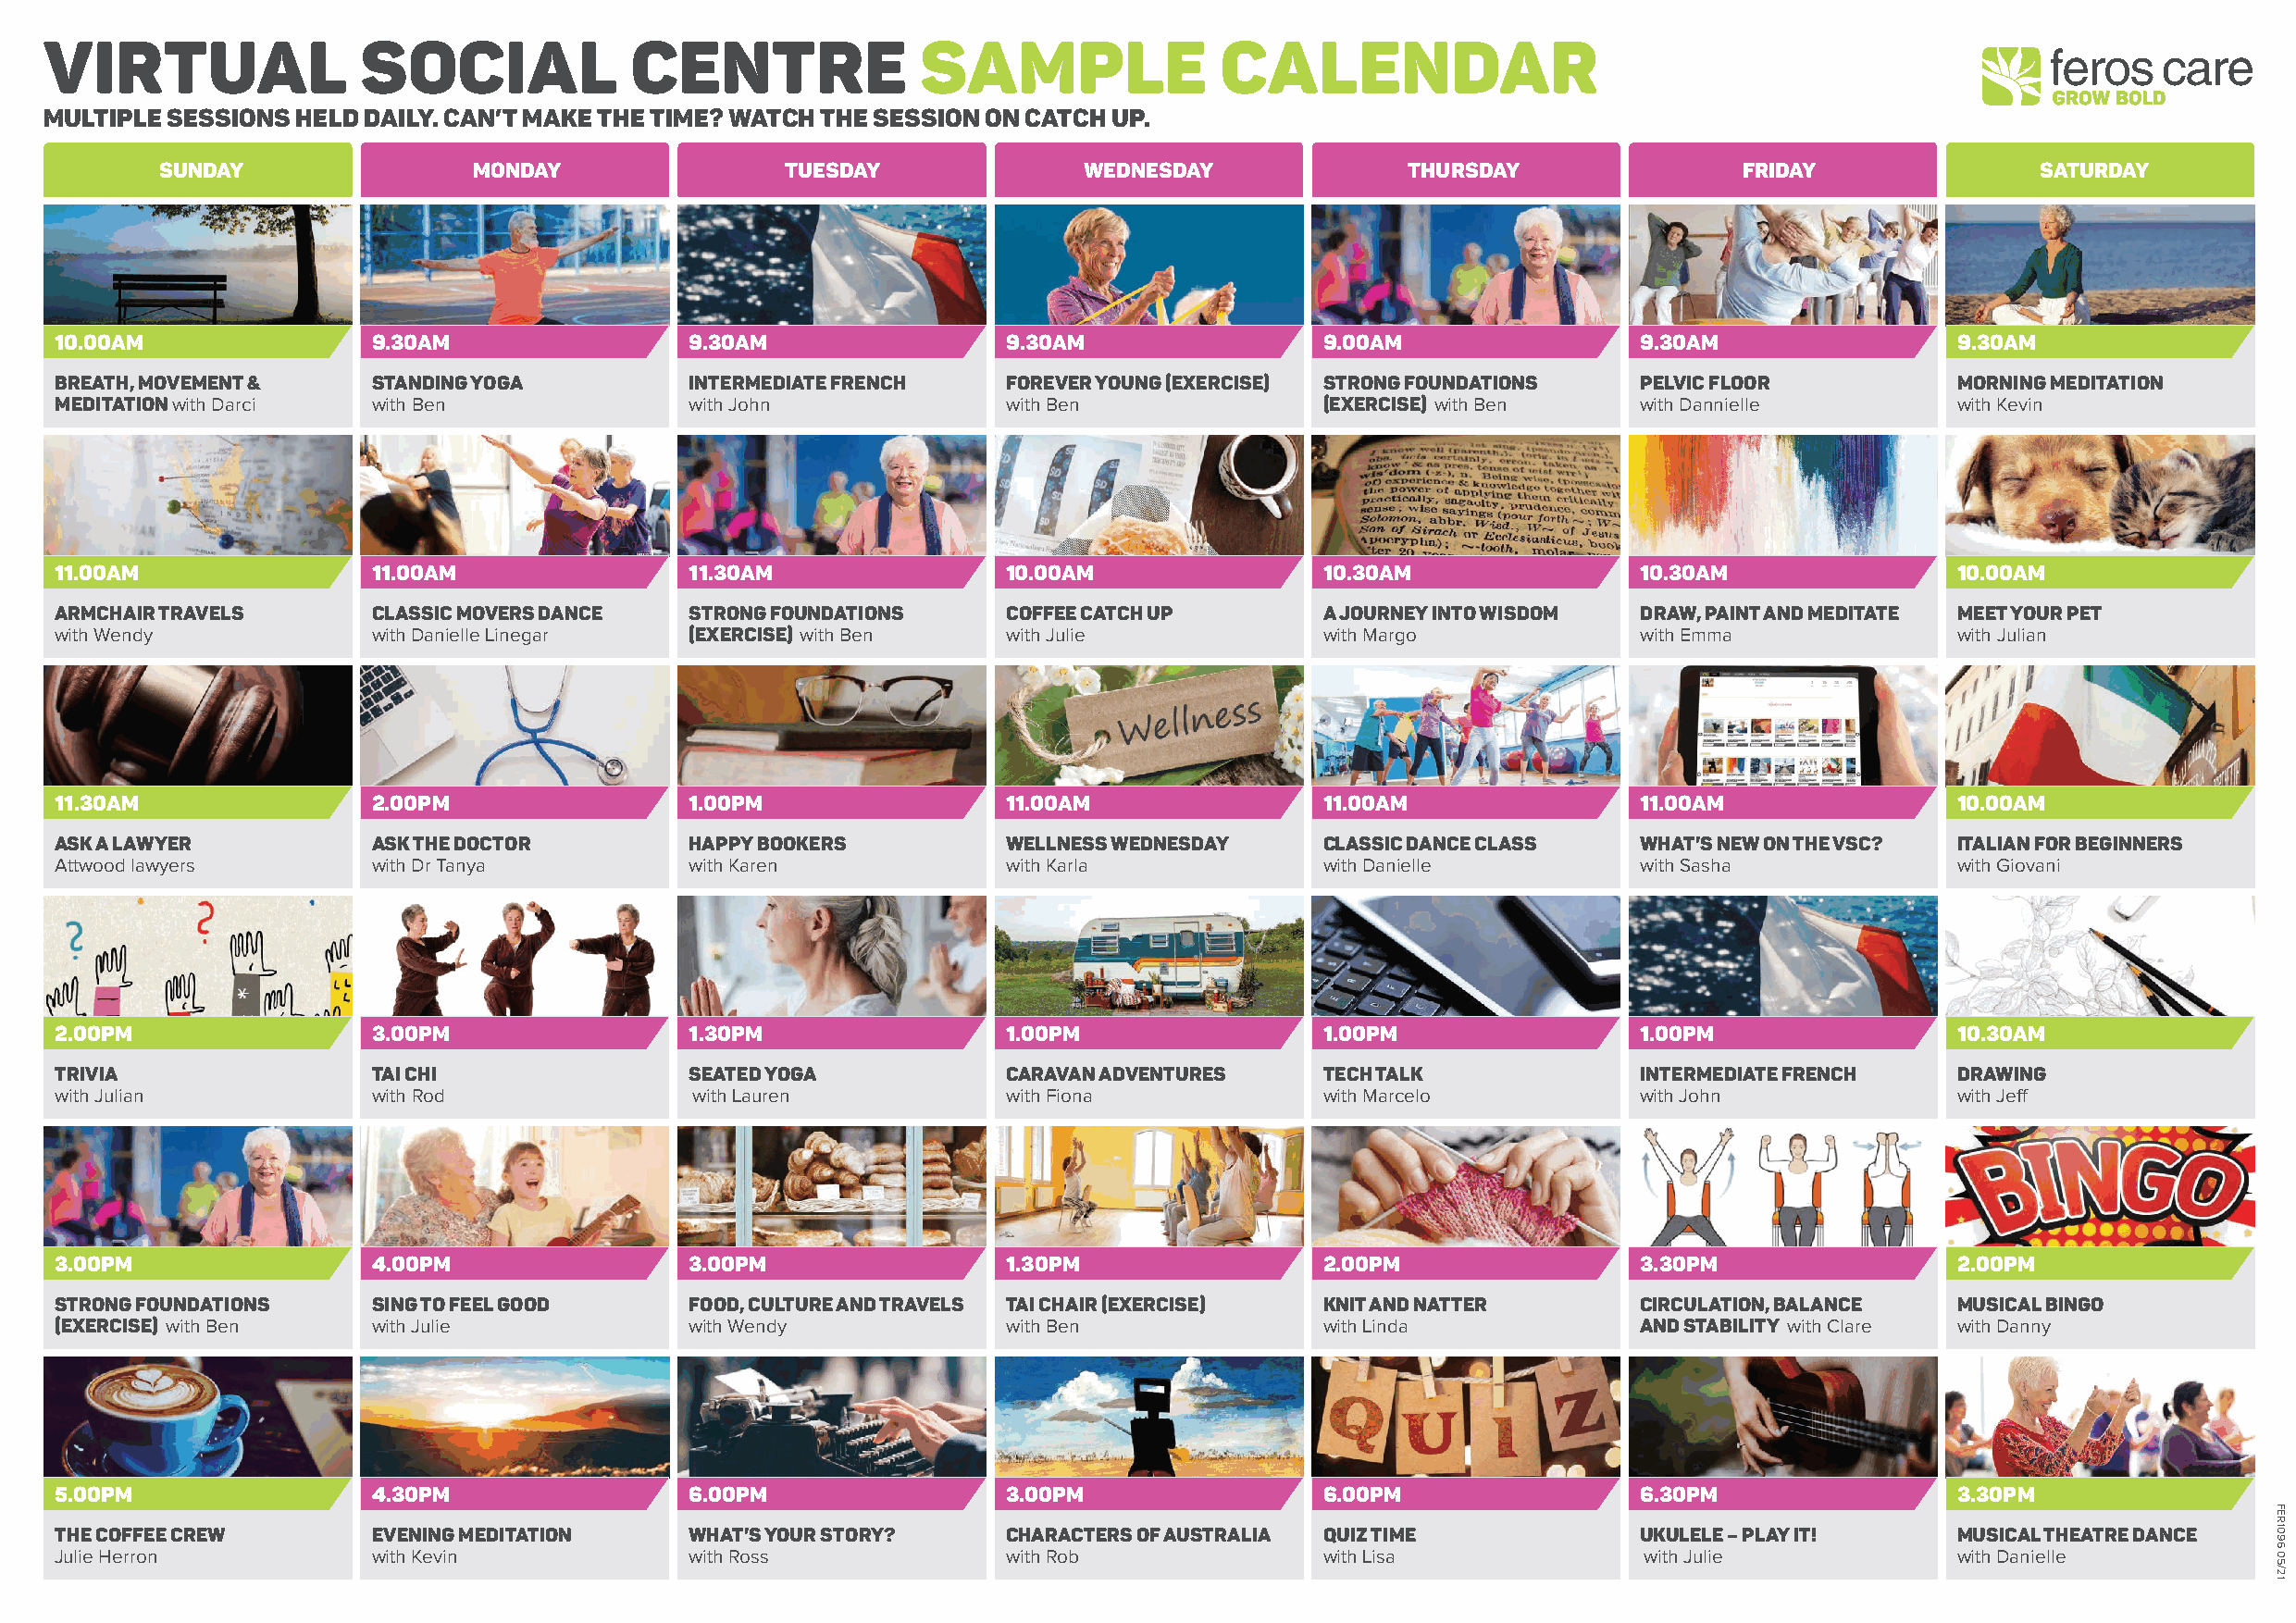
VIRTUAL                SOCIAL             CENTRE               SAMPLE               CALENDAR
 MULTIPLE SESSIONS HELD DAILY. CAN’T MAKE THE TIME? WATCH THE SESSION ON CATCH UP.
 SUNDAY                 MONDAY                TUESDAY              WEDNESDAY               THURSDAY                FRIDAY               SATURDAY
 10.00AM                9.30AM                9.30AM                 9.30AM                 9.00AM                9.30AM                 9.30AM
 BREATH, MOVEMENT &     STANDING YOGA         INTERMEDIATE FRENCH    FOREVER YOUNG (EXERCISE) STRONG FOUNDATIONS  PELVIC FLOOR           MORNING MEDITATION
 MEDITATION with Darci  with Ben              with John              with Ben               (EXERCISE) with Ben   with Dannielle         with Kevin
 11.00AM                11.00AM               11.30AM                10.00AM                10.30AM               10.30AM                10.00AM
 ARMCHAIR TRAVELS       CLASSIC MOVERS DANCE  STRONG FOUNDATIONS     COFFEE CATCH UP        A JOURNEY INTO WISDOM DRAW, PAINT AND MEDITATE MEET YOUR PET
 with Wendy             with Danielle Linegar (EXERCISE) with Ben    with Julie             with Margo            with Emma              with Julian
 11.30AM                2.00PM                1.00PM                 11.00AM                11.00AM               11.00AM                10.00AM
 ASK A LAWYER           ASK THE DOCTOR        HAPPY BOOKERS          WELLNESS WEDNESDAY     CLASSIC DANCE CLASS   WHAT’S NEW ON THE VSC? ITALIAN FOR BEGINNERS
 Attwood lawyers        with Dr Tanya         with Karen             with Karla             with Danielle         with Sasha             with Giovani
 2.00PM                 3.00PM                1.30PM                 1.00PM                 1.00PM                1.00PM                 10.30AM
 TRIVIA                 TAI CHI               SEATED YOGA            CARAVAN ADVENTURES     TECH TALK             INTERMEDIATE FRENCH    DRAWING
 with Julian            with Rod               with Lauren           with Fiona             with Marcelo          with John              with Jeff
 3.00PM                 4.00PM                3.00PM                 1.30PM                 2.00PM                3.30PM                 2.00PM
 STRONG FOUNDATIONS     SING TO FEEL GOOD     FOOD, CULTURE AND TRAVELS TAI CHAIR (EXERCISE) KNIT AND NATTER      CIRCULATION, BALANCE   MUSICAL BINGO
 (EXERCISE) with Ben    with Julie            with Wendy             with Ben               with Linda            AND STABILITY with Clare with Danny
 5.00PM                 4.30PM                6.00PM                 3.00PM                 6.00PM                6.30PM                 3.30PM
 THE COFFEE CREW        EVENING MEDITATION    WHAT’S YOUR STORY?     CHARACTERS OF AUSTRALIA QUIZ TIME            UKULELE – PLAY IT!     MUSICAL THEATRE DANCE
 Julie Herron           with Kevin            with Ross              with Rob               with Lisa              with Julie            with Danielle
 FER1096
 05/21